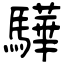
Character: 驊